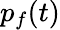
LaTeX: p_{f}(t)